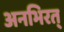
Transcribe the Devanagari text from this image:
अनभिरत्